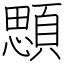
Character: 顋